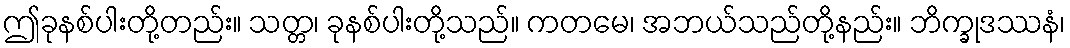
ဤခုနစ်ပါးတို့တည်း။ သတ္တ၊ ခုနစ်ပါးတို့သည်။ ကတမေ၊ အဘယ်သည်တို့နည်း။ ဘိက္ခုဒဿနံ၊